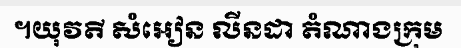
។យុវតី សំអៀន លីនដា តំណាងក្រុម